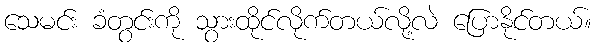
သေမင်း ခံတွင်းကို သွားထိုင်လိုက်တယ်လို့လဲ ပြောနိုင်တယ်။